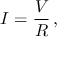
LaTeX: I = { \frac { V } { R } } \, ,